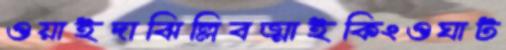
ওয়াইদাঝিল্লিবত্মাইকিংওঘাট